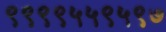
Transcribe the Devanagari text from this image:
९९९९५५९५९७